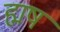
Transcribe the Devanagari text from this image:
ह्मष